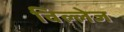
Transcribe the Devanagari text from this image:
विल्लेज